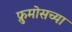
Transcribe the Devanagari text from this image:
फ्रुमोसच्या